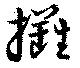
攤